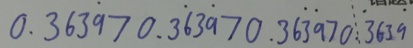
0 . 3 6 3 \dot { 9 } > 0 . 3 \dot { 6 } 3 \dot { 9 } > 0 . 3 6 \dot { 3 } \dot { 9 } > 0 . \dot { 3 } 6 3 \dot { 9 }